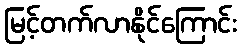
မြင့်တက်လာနိုင်ကြောင်း